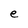
Character: e